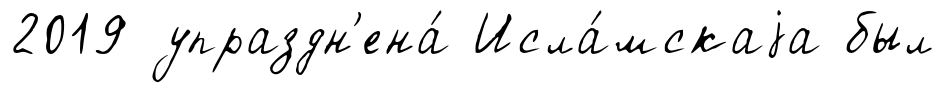
2019 упраздн'ена́ Исла́мскаjа был